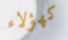
كهؤلاء